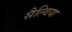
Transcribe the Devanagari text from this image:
सैल्विया